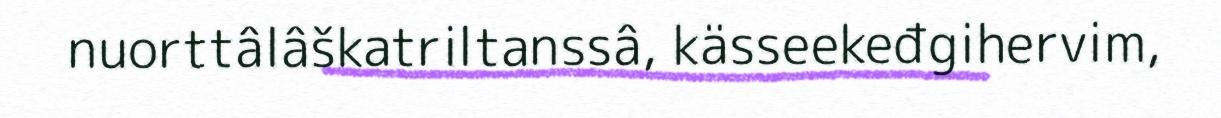
nuorttâlâškatriltanssâ, kässeekeđgihervim,